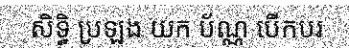
សិទ្ធិ ប្រឡង យក ប័ណ្ណ បើកបរ